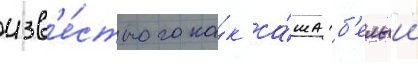
изв'е́стного ка́к са́ша б'елыи